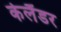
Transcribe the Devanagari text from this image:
केलैंडर